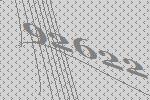
92622